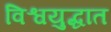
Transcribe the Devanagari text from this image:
विश्वयुद्धात